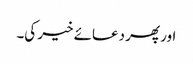
اور پھر دعائے خیر کی۔